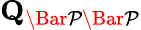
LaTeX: \mathbf{Q}_{\mathcal{\Bar{P}\Bar{P}}}